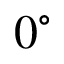
0 ^ { \circ }